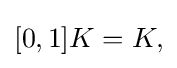
{\textstyle [0,1]K=K,}